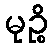
မုဉ္စိ